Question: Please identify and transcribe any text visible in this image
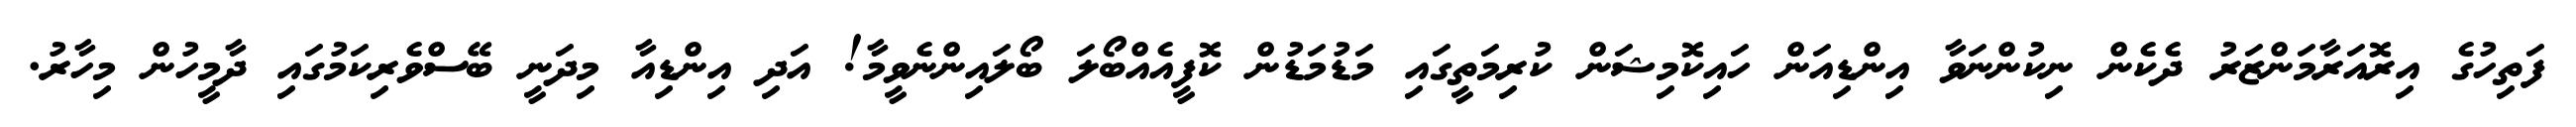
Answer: ފަތިހުގެ އިރޮއަރާމަންޒަރު ދެކެން ނިކުންނަވާ އިންޑިއަން ހައިކޮމިޝަން ކުރިމަތީގައި މަޑުމަޑުން ކޮފީއެއްބޯލަ ބޯލައިންނެވީމާ! އަދި އިންޑިއާ މިދަނީ ބޭސްވެރިކަމުގައި ދާމީހުން މިހާރު.